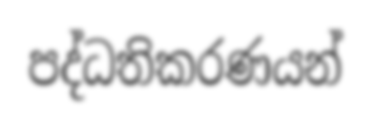
පද්ධතිකරණයන්